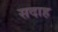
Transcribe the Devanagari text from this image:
सदाह